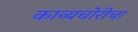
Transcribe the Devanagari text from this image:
काव्यचोरीचा